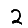
Digit: 2